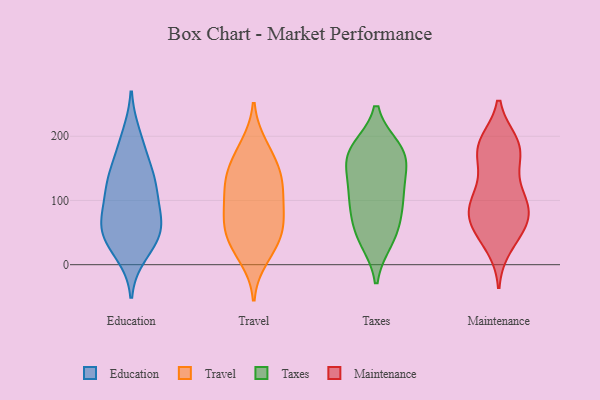
{"axis": {"x": "Backlog", "y": "Value"}, "legend": ["Education", "Maintenance", "Taxes", "Travel"], "data": [{"x": "", "y": 120, "type": "Education"}, {"x": "", "y": 200, "type": "Education"}, {"x": "", "y": 18, "type": "Education"}, {"x": "", "y": 53, "type": "Education"}, {"x": "", "y": 39, "type": "Education"}, {"x": "", "y": 71, "type": "Education"}, {"x": "", "y": 67, "type": "Education"}, {"x": "", "y": 61, "type": "Education"}, {"x": "", "y": 181, "type": "Education"}, {"x": "", "y": 141, "type": "Education"}, {"x": "", "y": 125, "type": "Education"}, {"x": "", "y": 39, "type": "Education"}, {"x": "", "y": 99, "type": "Education"}, {"x": "", "y": 137, "type": "Education"}, {"x": "", "y": 44, "type": "Travel"}, {"x": "", "y": 62, "type": "Travel"}, {"x": "", "y": 11, "type": "Travel"}, {"x": "", "y": 131, "type": "Travel"}, {"x": "", "y": 40, "type": "Travel"}, {"x": "", "y": 29, "type": "Travel"}, {"x": "", "y": 176, "type": "Travel"}, {"x": "", "y": 89, "type": "Travel"}, {"x": "", "y": 140, "type": "Travel"}, {"x": "", "y": 113, "type": "Travel"}, {"x": "", "y": 185, "type": "Travel"}, {"x": "", "y": 126, "type": "Travel"}, {"x": "", "y": 148, "type": "Travel"}, {"x": "", "y": 80, "type": "Travel"}, {"x": "", "y": 73, "type": "Travel"}, {"x": "", "y": 39, "type": "Taxes"}, {"x": "", "y": 115, "type": "Taxes"}, {"x": "", "y": 116, "type": "Taxes"}, {"x": "", "y": 179, "type": "Taxes"}, {"x": "", "y": 102, "type": "Taxes"}, {"x": "", "y": 87, "type": "Taxes"}, {"x": "", "y": 44, "type": "Taxes"}, {"x": "", "y": 176, "type": "Taxes"}, {"x": "", "y": 167, "type": "Taxes"}, {"x": "", "y": 172, "type": "Taxes"}, {"x": "", "y": 158, "type": "Taxes"}, {"x": "", "y": 59, "type": "Taxes"}, {"x": "", "y": 65, "type": "Maintenance"}, {"x": "", "y": 183, "type": "Maintenance"}, {"x": "", "y": 29, "type": "Maintenance"}, {"x": "", "y": 186, "type": "Maintenance"}, {"x": "", "y": 79, "type": "Maintenance"}, {"x": "", "y": 92, "type": "Maintenance"}, {"x": "", "y": 132, "type": "Maintenance"}, {"x": "", "y": 115, "type": "Maintenance"}, {"x": "", "y": 95, "type": "Maintenance"}, {"x": "", "y": 165, "type": "Maintenance"}, {"x": "", "y": 188, "type": "Maintenance"}, {"x": "", "y": 190, "type": "Maintenance"}, {"x": "", "y": 175, "type": "Maintenance"}, {"x": "", "y": 41, "type": "Maintenance"}, {"x": "", "y": 63, "type": "Maintenance"}, {"x": "", "y": 83, "type": "Maintenance"}, {"x": "", "y": 61, "type": "Maintenance"}, {"x": "", "y": 97, "type": "Maintenance"}]}